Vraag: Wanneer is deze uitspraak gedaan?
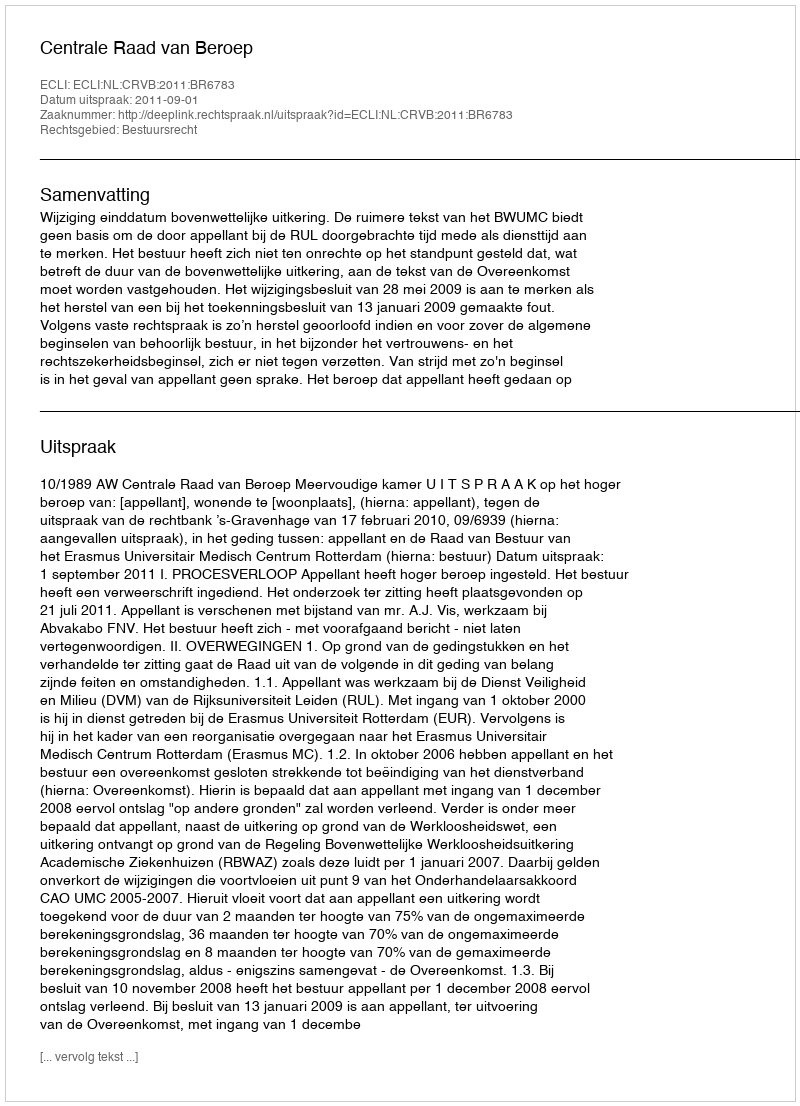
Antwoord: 2011-09-01